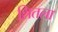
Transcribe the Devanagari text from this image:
शितला